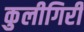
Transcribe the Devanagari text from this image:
कुलीगिरी